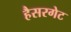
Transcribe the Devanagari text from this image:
हैसरगेट